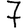
Digit: 7